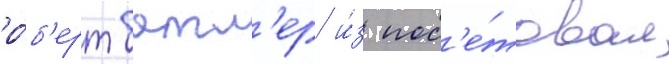
ро́б'ерт батл'ер и́з пос'е́товал